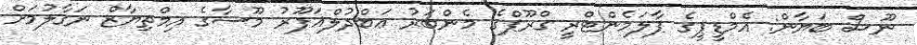
ނޫސް ބަޔާން: އެމްޑީޕީގެ ޕާލަމެންޓްރީ ގްރޫޕްގެ މެންބަރު ޢަބްދުލްޣަފޫރު މޫސާގެ އިމްތިޔާޒް ނަގާލުމަށް